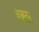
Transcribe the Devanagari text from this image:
वरल